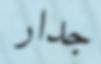
جدار